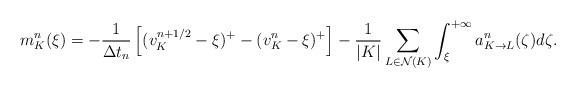
LaTeX: \begin{align*}m^n_K(\xi)=-\frac{1}{\Delta t_n}\left[(v^{n+1/2}_K-\xi)^+-(v^n_K-\xi)^+\right]-\frac{1}{|K|}\sum_{L\in\mathcal{N}(K)}\int_\xi^{+\infty}a^n_{K\to L}(\zeta)d\zeta.\end{align*}